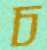
চ